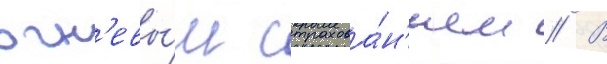
огн'евы́м страхова́н'ием // В